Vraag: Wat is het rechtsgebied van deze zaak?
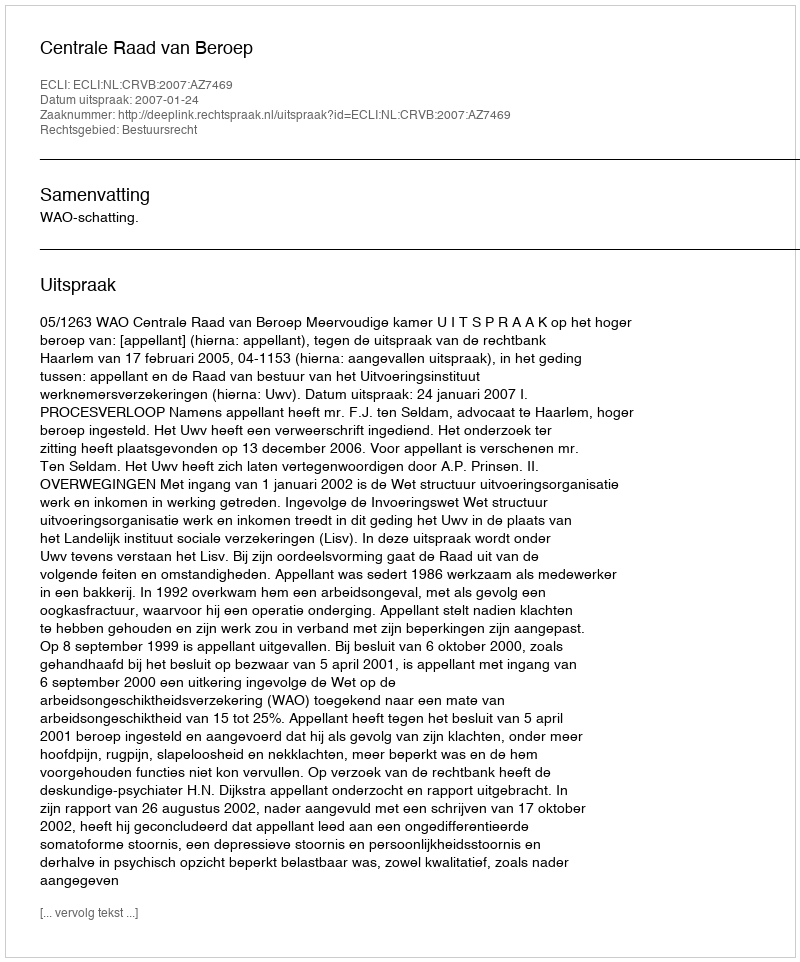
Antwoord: Bestuursrecht